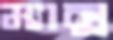
ম্যাক্স